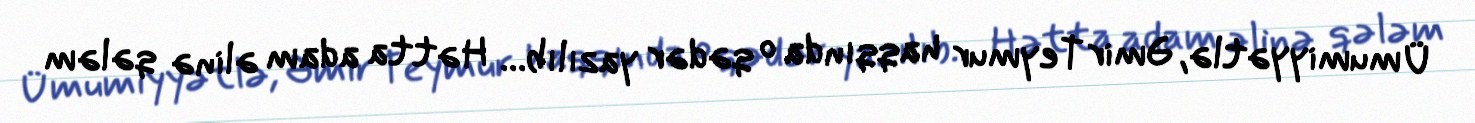
Ümumiyyətlə, Əmir Teymur haqqında o qədər yazılıb... Hətta adam əlinə qələm